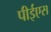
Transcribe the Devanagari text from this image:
पीईएस